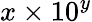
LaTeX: x\times 10^{y}